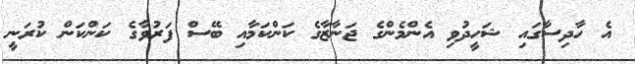
އެ ހާދިސާގައި ޝަހީދުވި އެންމެންގެ ޖަނާޒާގެ ކަންކަމާއި ބޭސް ފަރުވާގެ ކަންކަން ކުރަނީ